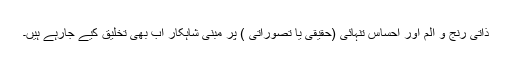
ذاتی رنج و الم اور احساس تنہائی (حقیقی یا تصوراتی ) پر مبنی شاہکار اب بھی تخلیق کیے جارہے ہیں۔